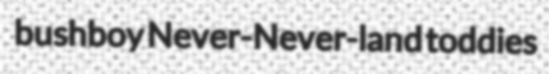
bushboy Never-Never-land toddies